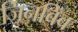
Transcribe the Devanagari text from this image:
जिनबिंब